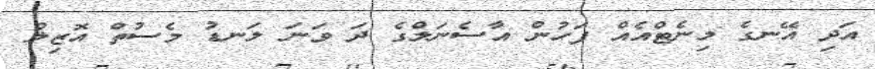
އަދި އޭނގެ މިނެޓްއެއް ފަހުން އާސެނަލްގެ ދަ ވަނަ ލަނޑު މެސުތް އޮޒިލް